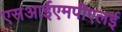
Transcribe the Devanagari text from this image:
एसआईएमपीएलई